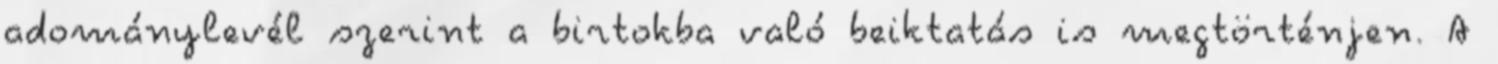
adománylevél szerint a birtokba való beiktatás is megtörténjen. A